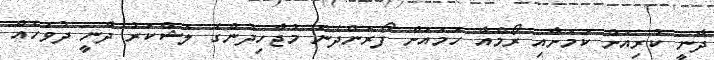
ދާނީ ކުރިއަށް ކަމަށާއި ރޯމްއާ ހަމައަށް ފޯރަންދެން މުޖާހިދުންގެ ލަޝްކަރު ދާނީ ދުވަހެއް